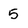
Character: 5